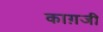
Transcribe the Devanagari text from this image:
काग़जी